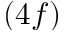
( 4 f )